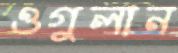
ওগুলান